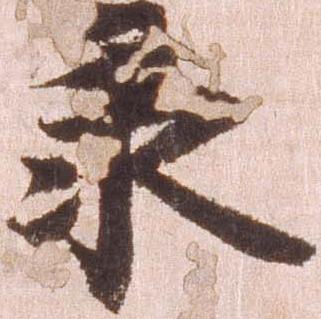
承